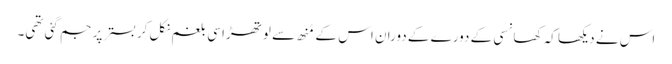
اس نے دیکھا کہ کھانسی کے دورے کے دوران اس کے مُنھ سے لوتھڑا سی بلغم نکل کر بستر پر جم گئی تھی۔